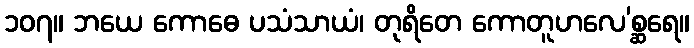
၁၀၇။ ဘယေ ကောဓေ ပသံသာယံ၊ တုရိတေ ကောတူဟလေ’စ္ဆရေ။